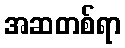
အဆတစ်ရာ